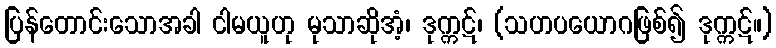
ပြန်တောင်းသောအခါ ငါမယူဟု မုသာဆိုအံ့၊ ဒုက္ကဋ်၊ (သဟပယောဂဖြစ်၍ ဒုက္ကဋ်။)